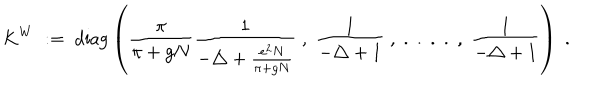
K ^ { W } \; : = \; \mathrm { d i a g } \left( \frac { \pi } { \pi + g N } \frac { 1 } { - \triangle + \frac { e ^ { 2 } N } { \pi + g N } } \; , \; \frac { 1 } { - \triangle + 1 } \; , \; . \; . \; . \; . \; , \; \frac { 1 } { - \triangle + 1 } \right) \; .